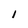
Character: I